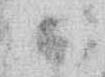
候